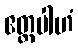
ဧတ္ထပါဟံ